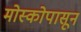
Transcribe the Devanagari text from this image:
मोस्कोपासून